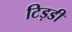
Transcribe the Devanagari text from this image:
टिड़डी